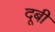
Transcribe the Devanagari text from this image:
दूबी